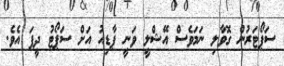
ސަޕޯޓަރުން ގޮވާލި ނަމަވެސް އޭޝްލީ ވަނީ ޕާޑިއު އަށް ސަޕޯޓު ދީފަ އެވެ.